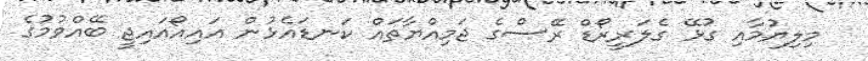
މިލިޔުމާއި ގުޅޭ ގެލަރީރޯޑް ރޭސްގެ ޖަމިއްޔާތައް ކަނޑައެޅުން އައިއޯއައިޖީ ބޭއްވުމުގެ